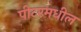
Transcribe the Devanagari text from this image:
पीटरमधील